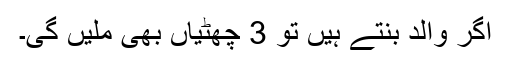
اگر والد بنتے ہیں تو 3 چھٹیاں بھی ملیں گی۔